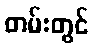
တမ်းတွင်